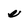
Character: e